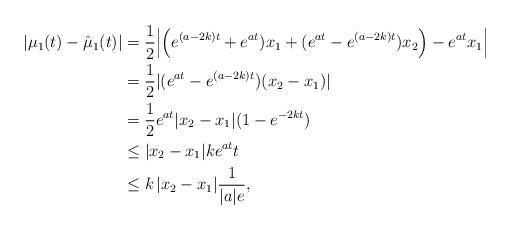
LaTeX: \begin{align*}|\mu_1(t)-\hat{\mu}_1(t)|&=\frac{1}{2}\Big|\Big(e^{(a-2k)t}+e^{at})x_1+( e^{at} -e^{(a-2k)t})x_2\Big)-e^{at}x_1\Big|\\&=\frac{1}{2}|(e^{at}-e^{(a-2k)t})(x_2-x_1)| \\&= \frac{1}{2}e^{at}|x_2-x_1|(1-e^{-2kt}) \\& \leq |x_2-x_1|k e^{at}t \\& \leq k\,|x_2-x_1| \frac{1}{|a| e},\end{align*}